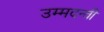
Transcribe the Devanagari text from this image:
उम्मदन्ती